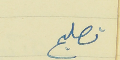
تصليح